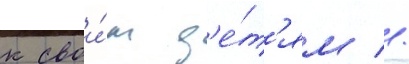
к свои́м д'е́т'ям //